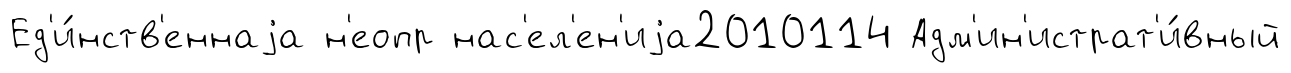
Ед'и́нств'еннаjа н'еопр нас'ел'ен'иjа2010114 Адм'ин'истрат'и́вный